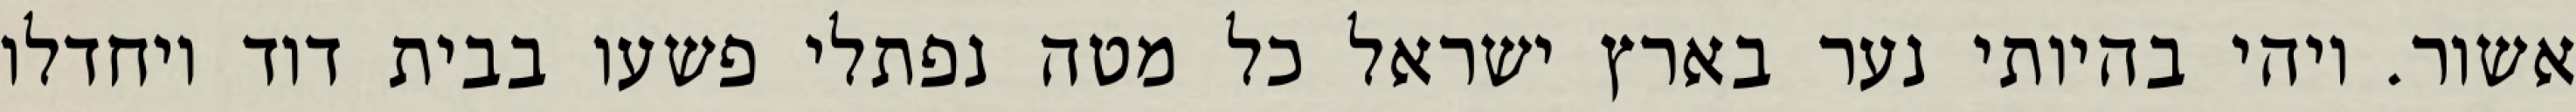
אשור. ויהי בהיותי נער בארץ ישראל כל מטה נפתלי פשעו בבית דוד ויחדלו